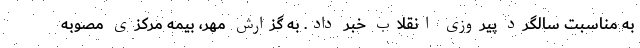
به مناسبت سالگرد پیروزی انقلاب خبر داد. به گزارش مهر، بیمه مرکزی مصوبه